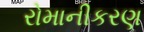
રોમાનીકરણ